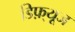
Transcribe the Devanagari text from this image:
डिफ़्यूज